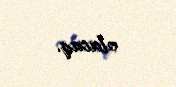
olacaq.